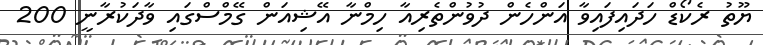
ޔޫތު ރެކޯޑް ހަދައިފައިވާ އަންހެން ދުވުންތެރިއާ ހިމްނާ އޭޝިއަން ގޭމްސްގައި ވާދަކުރާނީ 200